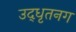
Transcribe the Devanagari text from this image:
उद्‌धृतनग